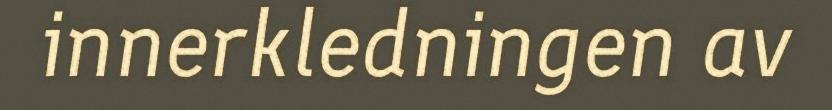
innerkledningen av